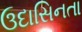
ઉદાસિનતા